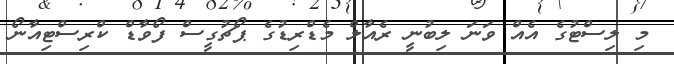
މި ލިސްޓުގެ އެއް ވަނަ ލިބުނީ ރެއާލް މެޑްރިޑުގެ ޕޯޗުގީސް ފޯވާޑް ކްރިސްޓިއާނޯ